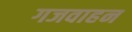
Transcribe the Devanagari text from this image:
गजवाहन